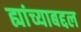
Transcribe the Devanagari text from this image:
ह्यांच्याबद्दल